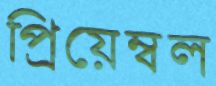
প্রিয়েম্বল